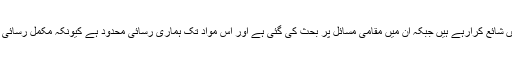
پاکستان محققین اپنی تحقیق بین الاقوامی جرائد میں شائع کرارہے ہیں جبکہ ان میں مقامی مسائل پر بحث کی گئی ہے اور اس مواد تک ہماری رسائی محدود ہے کیونکہ مکمل رسائی کے لیے ان جرائد کو معاوضہ ادا کرنا پڑتا ہے۔